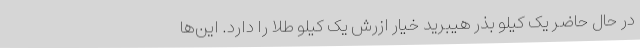
در حال حاضر یک کیلو بذر هیبرید خیار ازرش یک کیلو طلا را دارد. این‌ها